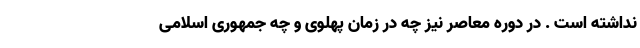
نداشته است . در دوره معاصر نیز چه در زمان پهلوی و چه جمهوری اسلامی